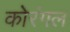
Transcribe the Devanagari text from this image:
कोरंगल